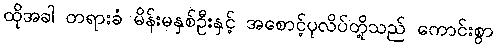
ထိုအခါ တရားခံ မိန်းမနှစ်ဦးနှင့် အစောင့်ပုလိပ်တို့သည် ကောင်းစွာ